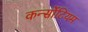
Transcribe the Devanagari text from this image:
कर्न्सोटियम